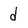
Character: d